Civil Veterinary Dept. North-West Frontier Province 1901-22 - 1901-1922
Year: 1901
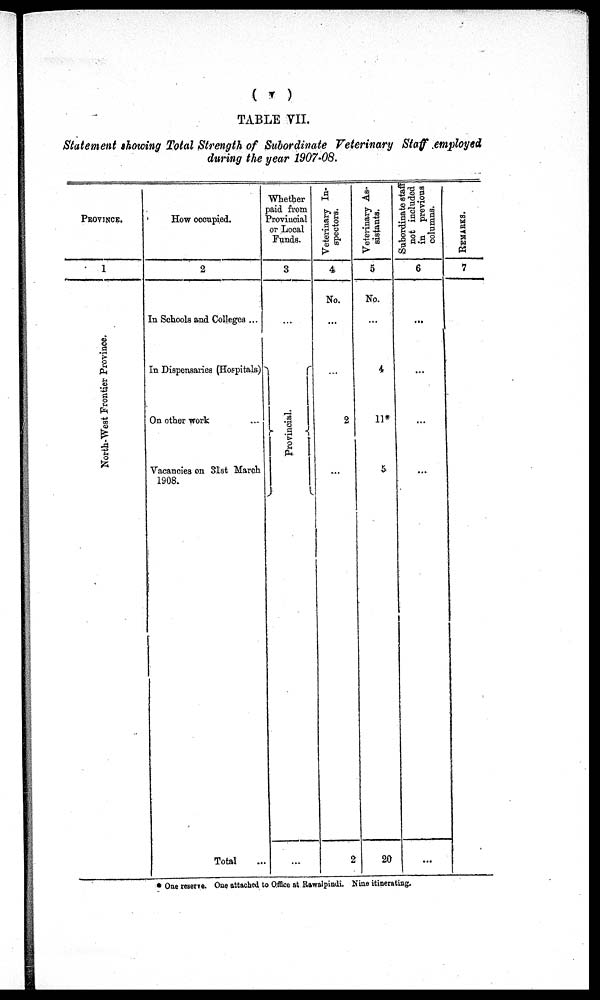
(v)
TABLE VII.
Statement showing Total Strength of Subordinate Veterinary Staff employed
during the year 1907-08.
PROVINCE.
1
North-West
Frontier Province.
How occupied.
2
In Schools and Colleges ...
In Dispensaries (Hospitals)
On other work ...
Vacancies on 51st March
1908.
Total ...
Whether
paid from
Provincial
or Local
Funds.
3
....
Provincial.
...
Veterinary In-
spectors.
4
No.
...
...
2
...
2
Veterinary As-
sistants.
5
No.
...
4
11*
5
20
Subordinate-staff
not included
in previous
columns.
6
...
...
...
...
...
REMARKS.
7
* One reserve. One attached to Office at Rawalpindi. Nine itinerating.